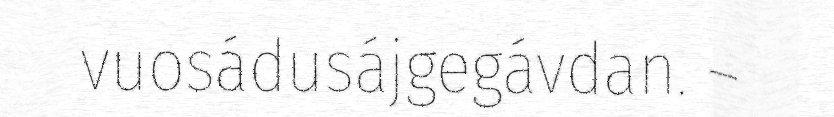
vuosádusájgegávdan. –